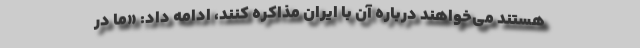
هستند می‌خواهند درباره آن با ایران مذاکره کنند، ادامه داد: «ما در